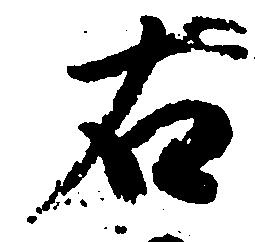
右